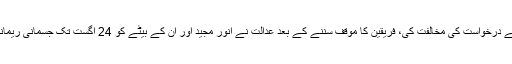
انورمجید کے وکیل فاروق ایچ نائیک نے درخواست کی مخالفت کی، فریقین کا موقف سننے کے بعد عدالت نے انور مجید اور ان کے بیٹے کو 24 اگست تک جسمانی ریمانڈ پرایف آئی اے کی تحویل میں دے دیا۔